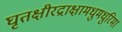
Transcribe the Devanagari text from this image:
घृतक्षीरद्राक्षामधुमधुरिमा